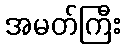
အမတ်ကြီး